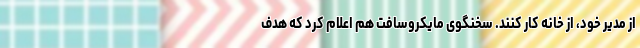
از مدیر خود، از خانه کار کنند. سخنگوی مایکروسافت هم اعلام کرد که هدف